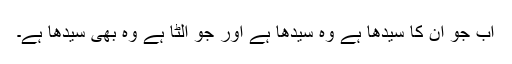
اب جو ان کا سیدھا ہے وہ سیدھا ہے اور جو الٹا ہے وہ بھی سیدھا ہے۔